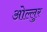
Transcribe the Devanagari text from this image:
ओल्लुर